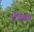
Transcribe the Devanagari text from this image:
उर्विका